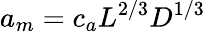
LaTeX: a_{m}=c_{a}L^{2/3}D^{1/3}